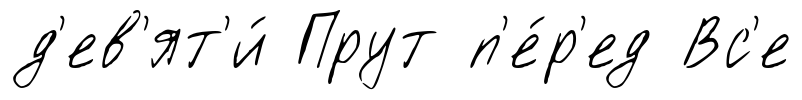
д'ев'ят'и́ Прут п'е́р'ед Вс'е